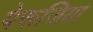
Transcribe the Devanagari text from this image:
पेरूजिया